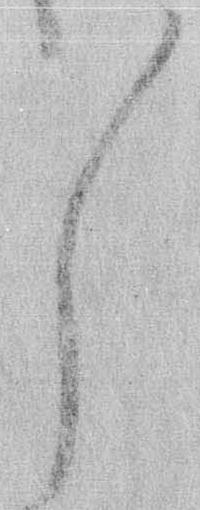
々